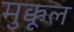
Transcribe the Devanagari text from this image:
मुक्कूल